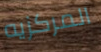
المركزيه